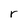
Character: r